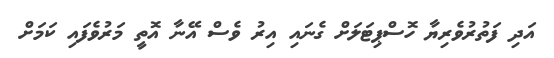
އަދި ފަތުރުވެރިޔާ ހޮސްޕިޓަލަށް ގެނައި އިރު ވެސް އޭނާ އޮތީ މަރުވެފައި ކަމަށް